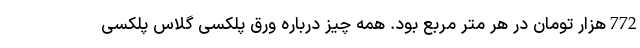
772هزار تومان در هر متر مربع بود. همه چیز درباره ورق پلکسی گلاس پلکسی